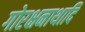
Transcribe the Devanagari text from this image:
गोरक्षनाथादि